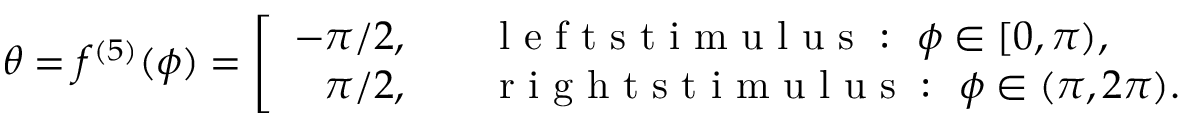
\theta = f ^ { ( 5 ) } ( \phi ) = \left[ \begin{array} { r l } { - \pi / 2 , \quad } & { \mathrm { ~ l ~ e ~ f ~ t ~ s ~ t ~ i ~ m ~ u ~ l ~ u ~ s ~ : ~ } \ { \phi } \in [ 0 , \pi ) , } \\ { \pi / 2 , \quad } & { \mathrm { ~ r ~ i ~ g ~ h ~ t ~ s ~ t ~ i ~ m ~ u ~ l ~ u ~ s ~ : ~ } \ \phi \in ( \pi , 2 \pi ) . } \end{array} \right.